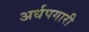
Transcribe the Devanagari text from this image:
अर्धपगारी